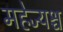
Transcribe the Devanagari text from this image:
महेज्यश्च